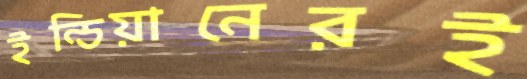
ইন্ডিয়ানেরই